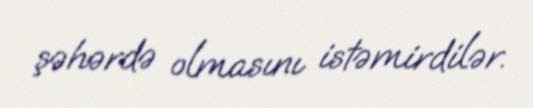
şəhərdə olmasını istəmirdilər.